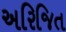
અરિજિત